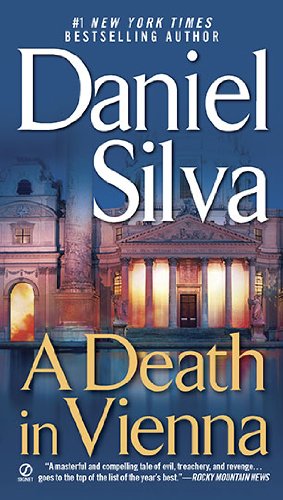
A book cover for A Death in Vienna (Gabriel Allon, Bk 4); Daniel Silva; Mystery, Thriller & Suspense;